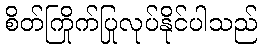
စိတ်ကြိုက်ပြုလုပ်နိုင်ပါသည်